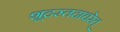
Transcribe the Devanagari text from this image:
शूद्रस्तदाचरेत्